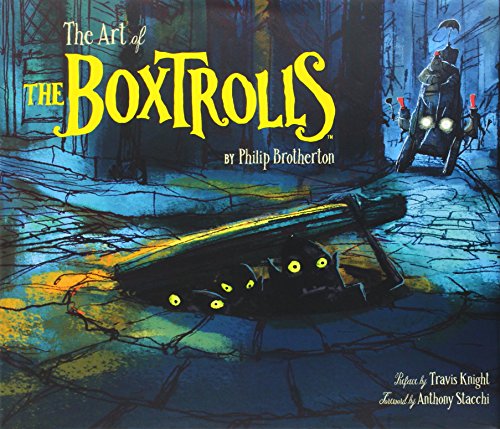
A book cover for The Art of The Boxtrolls; Phil Brotherton; Humor & Entertainment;